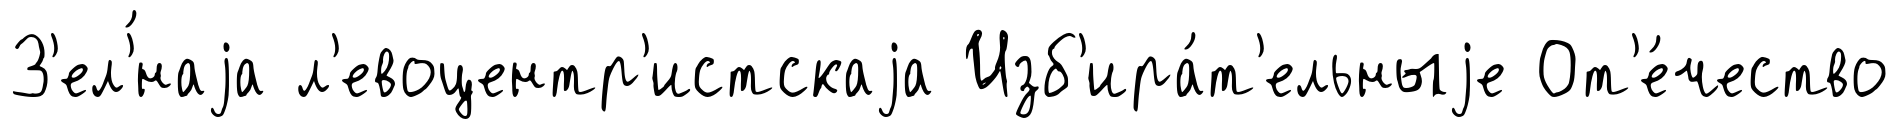
З'ел'́наjа л'евоцентр'истскаjа Изб'ира́т'ельныjе От'е́чество